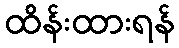
ထိန်းထားရန်